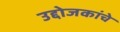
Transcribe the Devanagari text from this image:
उद्दोजकांचे